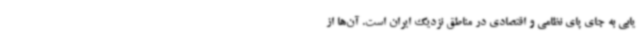
یابی به جای پای نظامی و اقتصادی در مناطق نزدیک ایران است. آن‌ها از